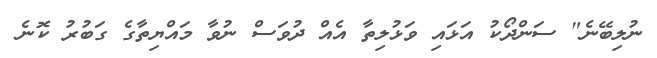
ނުލިބޭނެ" ސަންދޯކު އަޅައި ވަޅުލިތާ އެއް ދުވަސް ނުވާ މައްޔިތާގެ ގަބުރު ކޮނެ